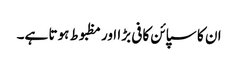
ان کا سپائن کافی بڑا اور مظبوط ہوتا ہے۔